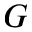
G